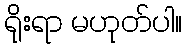
ရိုးရာ မဟုတ်ပါ။